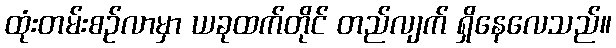
ထုံးတမ်းစဉ်လာမှာ ယခုထက်တိုင် တည်လျက် ရှိနေလေသည်။